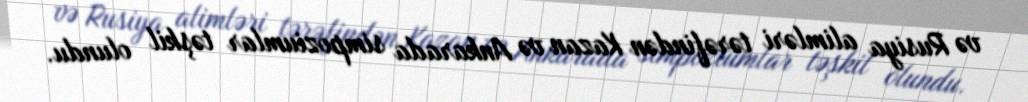
və Rusiya alimləri tərəfindən Kazan və Ankarada simpoziumlar təşkil olundu.